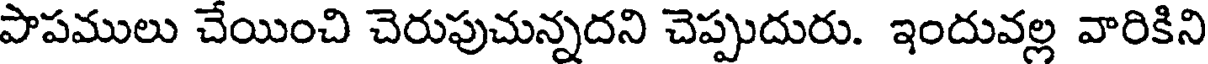
పాపములు చేయించి చెరుపుచున్నదని చెప్పుదురు. ఇందువల్ల వారికిని